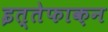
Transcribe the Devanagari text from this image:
इत्तेफाक़न